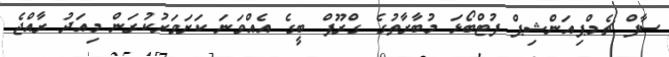
ސާފް ޗެމްޕިއަންޝިޕް ފުޓްބޯޅަ މުބާރާތުގެ ގްރޫޕް ބީގެ އެއްވަނަ ކަށަވަރުކުރަން މިއަދު ރާއްޖެ